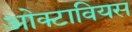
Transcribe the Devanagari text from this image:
ओक्टावियस